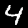
Digit: 4